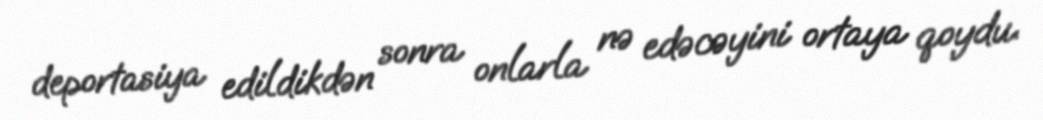
deportasiya edildikdən sonra onlarla nə edəcəyini ortaya qoydu.